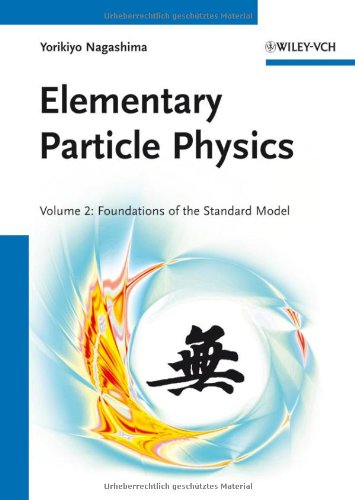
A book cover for Elementary Particle Physics: Foundations of the Standard Model V2; Yorikiyo Nagashima; Science & Math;